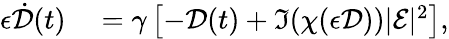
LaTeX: \begin{array}{rl}{\epsilon\dot{\mathcal{D}}(t)}&{{}=\gamma\left[-\mathcal{D}(t)+\Im(\chi(\epsilon\mathcal{D}))|\mathcal{E}|^{2}\right],}\end{array}